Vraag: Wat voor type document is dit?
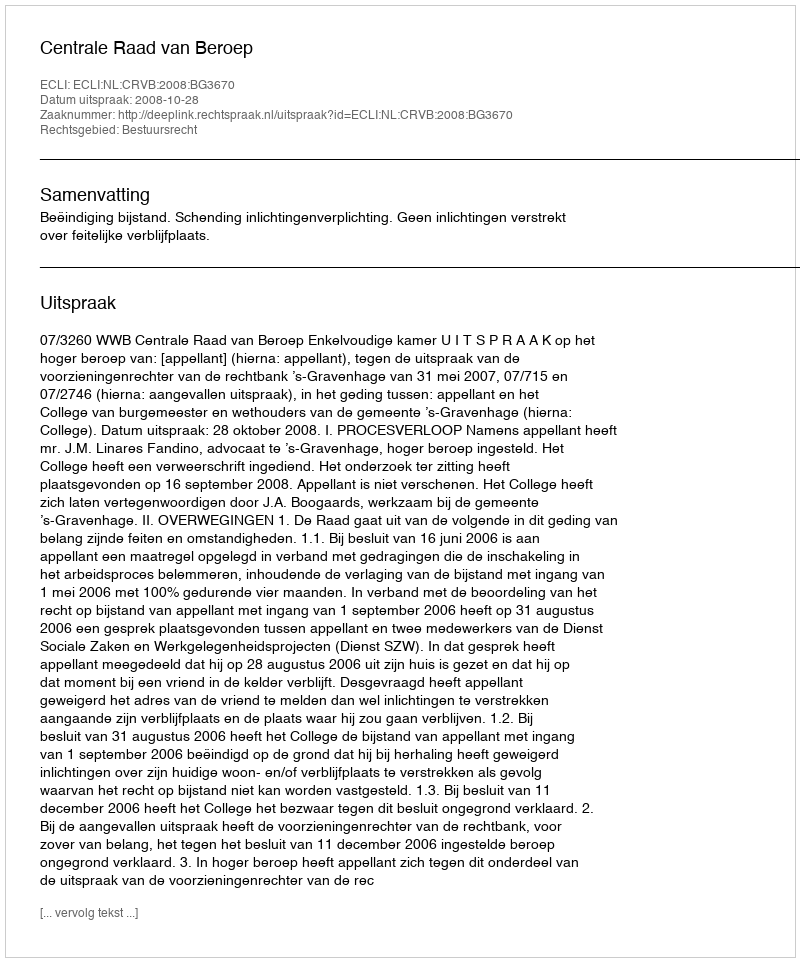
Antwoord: Uitspraak